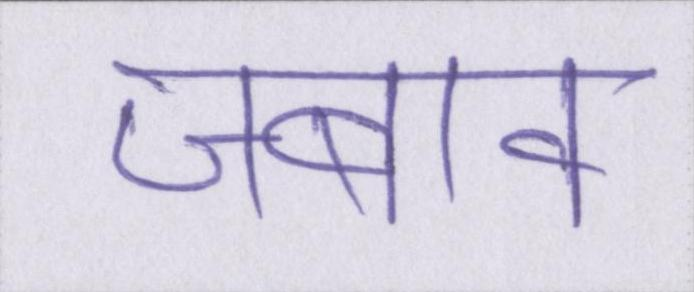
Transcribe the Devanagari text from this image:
जबाव